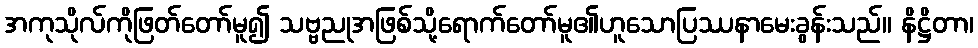
အကုသိုလ်ကိုဖြတ်တော်မူ၍ သဗ္ဗညုအဖြစ်သို့ရောက်တော်မူ၏ဟူသောပြဿနာမေးခွန်းသည်။ နိဋ္ဌိတာ၊